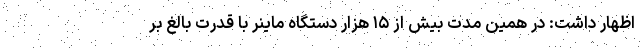
اظهار داشت: در همین مدت بیش از ۱۵ هزار دستگاه ماینر با قدرت بالغ بر